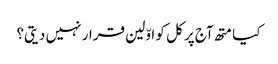
کیا متھ آج پر کل کو اوّلین قرار نہیں دیتی؟